Indian journal of veterinary science and animal husbandry - Volumes 18-21, 1948-1951
Year: 1948
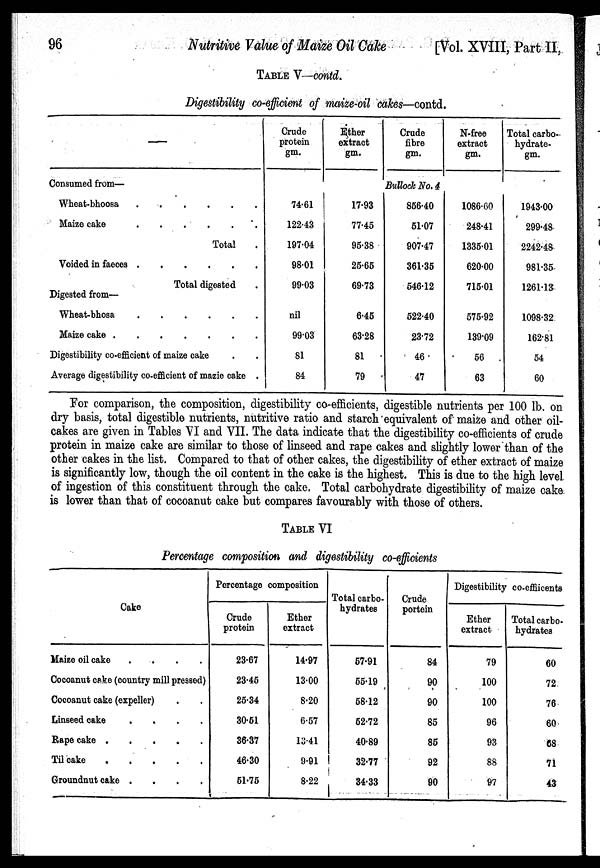
96
Nutritive Value of Maize Oil Cake
[Vol. XVIII, Part II,
TABLE V—contd.
Digestibility co-efficient of maize-oil cakes—contd.
—
Consumed from—
Wheat-bhoosa
.
.
.
.
.
.
.
Maize cake
.
.
.
.
.
.
.
Total .
Voided in faeces
.
.
.
.
.
.
.
Total digested .
Digested from—
Wheat-bhosa
.
.
.
.
.
.
.
Maize cake
.
.
.
.
.
.
.
Digestibility co-efficient of maize cake . .
Average digestibility co-efficient of mazie cake .
Crude
protein
gm.
Ether
extract
gm.
Crude
fibre
gm.
N-free
extract
gm.
Total carbo¬
hydrate
gm.
Bullock No. 4
74.61
122.43
197.04
98.01
99.03
nil
99.03
81
84
17.93
77.45
95.38
25.65
69.73
6.45
63.28
81
79
856.40
51.07
907.47
361.35
546.12
522.40
23.72
46
47
1086.60
248.41
1335.01
620.00
715.01
575.92
139.09
56
63
1943.00
299.48
2242.48
981.35
1261.13
1098.32
162.81
54
60
For comparison, the composition, digestibility co-efficients, digestible nutrients per 100 lb. on
dry basis, total digestible nutrients, nutritive ratio and starch equivalent of maize and other oil-
cakes are given in Tables VI and VII. The data indicate that the digestibility co-efficients of crude
protein in maize cake are similar to those of linseed and rape cakes and slightly lower than of the
other cakes in the list. Compared to that of other cakes, the digestibility of ether extract of maize
is significantly low, though the oil content in the cake is the highest. This is due to the high level
of ingestion of this constituent through the cake. Total carbohydrate digestibility of maize cake
is lower than that of cocoanut cake but compares favourably with those of others.
TABLE VI
Percentage composition and digestibility co-efficients
Cake
Maize oil cake
.
.
.
.
Cocoanut cake (country mill pressed)
Cocoanut cake (expeller) . .
Linseed cake
.
.
.
.
Rape cake
.
.
.
.
.
Til cake
.
.
.
.
.
Groundnut cake
.
.
.
.
Percentage composition
Crude
protein
23.67
23.45
25.34
30.51
36.37
46.30
51.75
Ether
extract
14.97
13.00
8.20
6.57
13.41
9.91
8.22
Total carbo-
hydrates
57.91
55.19
58.12
52.72
40.89
32.77
34.33
Crude
portein
84
90
90
85
85
92
90
Digestibility co-effiicents
Ether
extract
79
100
100
96
93
88
97
Total carbo-
hydrates
60
72
76
60
68
71
43